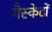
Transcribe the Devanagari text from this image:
गैस्केटों